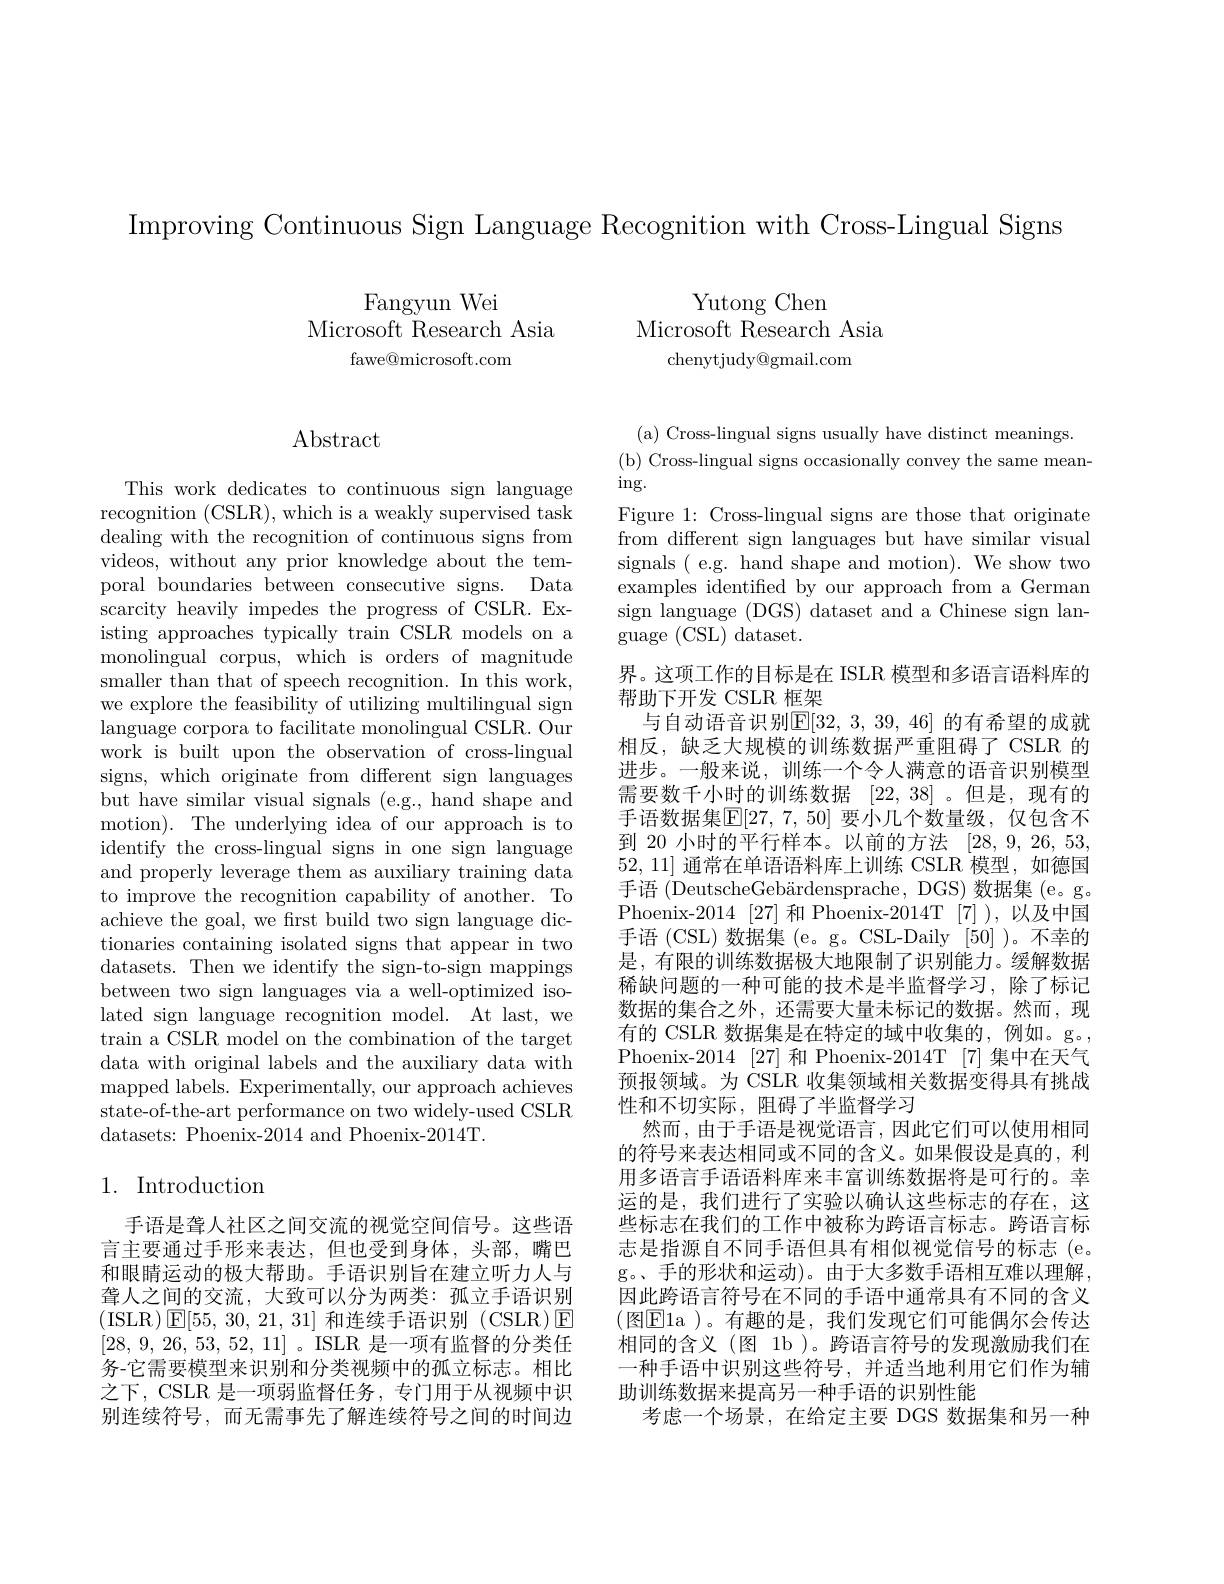
Improving Continuous Sign Language Recognition with Cross-Lingual Signs

Fangyun Wei
Microsoft Research Asia
fawe@microsoft.com

Yutong Chen
Microsoft Research Asia
chenytjudy@gmail.com

## $\operatorname{Abstract}$

This work dedicates to continuous sign language recognition (CSLR), which is a weakly supervised task dealing with the recognition of continuous signs from videos, without any prior knowledge about the temporal boundaries between consecutive signs. Data scarcity heavily impedes the progress of CSLR.Existing approaches typically train CSLR models on a monolingual corpus, which is orders of magnitude smaller than that of speech recognition. In this work, we explore the feasibility of utilizing multilingual sign language corpora to facilitate monolingual CSLR. Our work is built upon the observation of cross-lingual signs, which originate from different sign languages but have similar visual signals (e.g., hand shape and motion). The underlying idea of our approach is to identify the cross-lingual signs in one sign language and properly leverage them as auxiliary training data to improve the recognition capability of another. To achieve the goal, we frst build two sign language dictionaries containing isolated signs that appear in two datasets. Then we identify the sign-to-sign mappings between two sign languages via a well-optimized isolated sign language recognition model. At last, we train a CSLR model on the combination of the target data with original labels and the auxiliary data with mapped labels. Experimentally, our approach achieves state-of-the-art performance on two widely-used CSLR datasets: Phoenix-2014 and Phoenix-2014T.

## 1. Introduction

手语是聋人社区之间交流的视觉空间信号。这些语言主要通过手形来表达，但也受到身体，头部，嘴巴和眼睛运动的极大帮助。手语识别旨在建立听力人与聋人之间的交流，大致可以分为两类：孤立手语识别(ISLR$)\operatorname{E}[55,30,21,31]$和连续手语识别 (CSLR)$\operatorname{E}$ [28, 9, 26, 53, 52, 11] 。ISLR 是一项有监督的分类任务-它需要模型来识别和分类视频中的孤立标志。相比之下，CSLR 是一项弱监督任务，专门用于从视频中识别连续符号，而无需事先了解连续符号之间的时间边

( a) Cross- lingual signs usually have distinct meanings.
(b) Cross-lingual signs occasionally convey the same mean-
$\operatorname{ing}.$
Figure 1: Cross-lingual signs are those that originate from different sign languages but have similar visual signals ( e.g. hand shape and motion). We show two examples identified by our approach from a German sign language (DGS) dataset and a Chinese sign lan- $\bar{\mathrm{guage~(\bar{\mathrm{CSL}})~dataset.}}$
界。这项工作的目标是在 ISLR 模型和多语言语料库的
帮助下开发 CSLR 框架
与自动语音识别$\mathbb{E}[32,3,39,46]$ 的有希望的成就相反，缺乏大规模的训练数据严重阻碍了 CSLR 的进步。一般来说，训练一个令人满意的语音识别模型需要数千小时的训练数据[22,38] 。但是，现有的手语数据集$\mathbb{E}[27,7,50]$ 要小几个数量级，仅包含不到 20 小时的平行样本。以前的方法[28,9,26,53, 52,11]通常在单语语料库上训练 CSLR 模型，如德国手语 (DeutscheGebärdensprache, DGS) 数据集 (e。g。Phoenix-2014[27] 和 Phoenix-2014T[7]),以及中国手语 (CSL)数据集 (e。g。CSL-Daily [50] )。不幸的是，有限的训练数据极大地限制了识别能力。缓解数据稀缺问题的一种可能的技术是半监督学习，除了标记数据的集合之外，还需要大量未标记的数据。然而，现有的 CSLR 数据集是在特定的域中收集的，例如。g。, Phoenix-2014 [27] 和 Phoenix-2014T [7] 集中在天气预报领域。为 CSLR 收集领域相关数据变得具有挑战性和不切实际，阻碍了半监督学习
然而，由于手语是视觉语言，因此它们可以使用相同的符号来表达相同或不同的含义。如果假设是真的，利用多语言手语语料库来丰富训练数据将是可行的。幸运的是，我们进行了实验以确认这些标志的存在，这些标志在我们的工作中被称为跨语言标志。跨语言标志是指源自不同手语但具有相似视觉信号的标志(e。g。、手的形状和运动)。由于大多数手语相互难以理解， 因此跨语言符号在不同的手语中通常具有不同的含义(图$\boxed{\mathrm{F}}1$a )。有趣的是，我们发现它们可能偶尔会传达相同的含义(图 1b)。跨语言符号的发现激励我们在一种手语中识别这些符号，并适当地利用它们作为辅助训练数据来提高另一种手语的识别性能
考虑一个场景，在给定主要 DGS 数据集和另一种